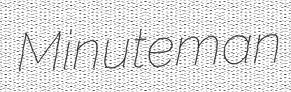
Minuteman